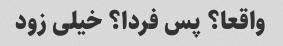
واقعا؟ پس فردا؟ خیلی زود